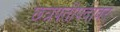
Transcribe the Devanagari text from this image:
छत्रपतीपदावर